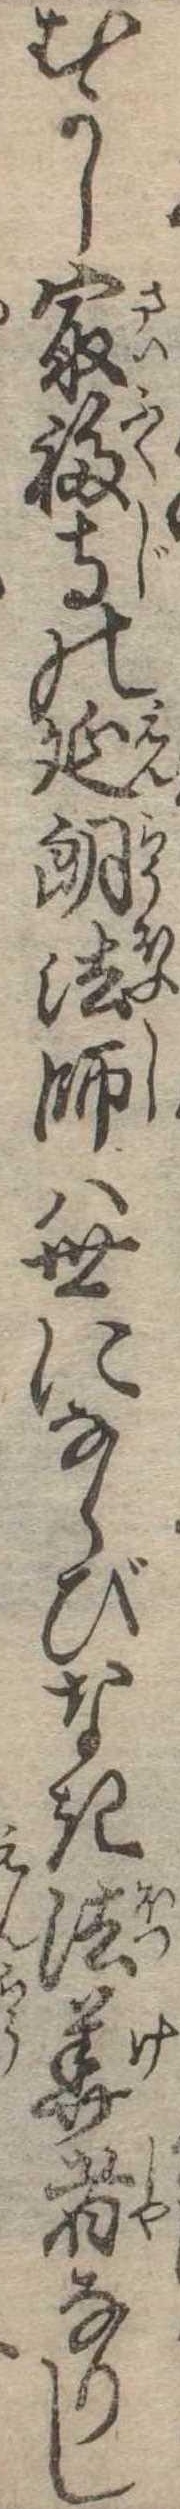
むかし最福寺の延朗法師は世にならびなき法華者なりし